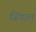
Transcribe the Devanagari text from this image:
जिंडाल